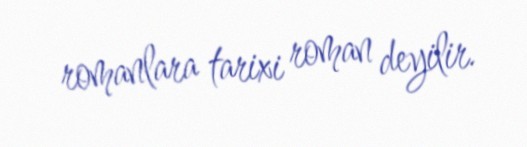
romanlara tarixi roman deyilir.